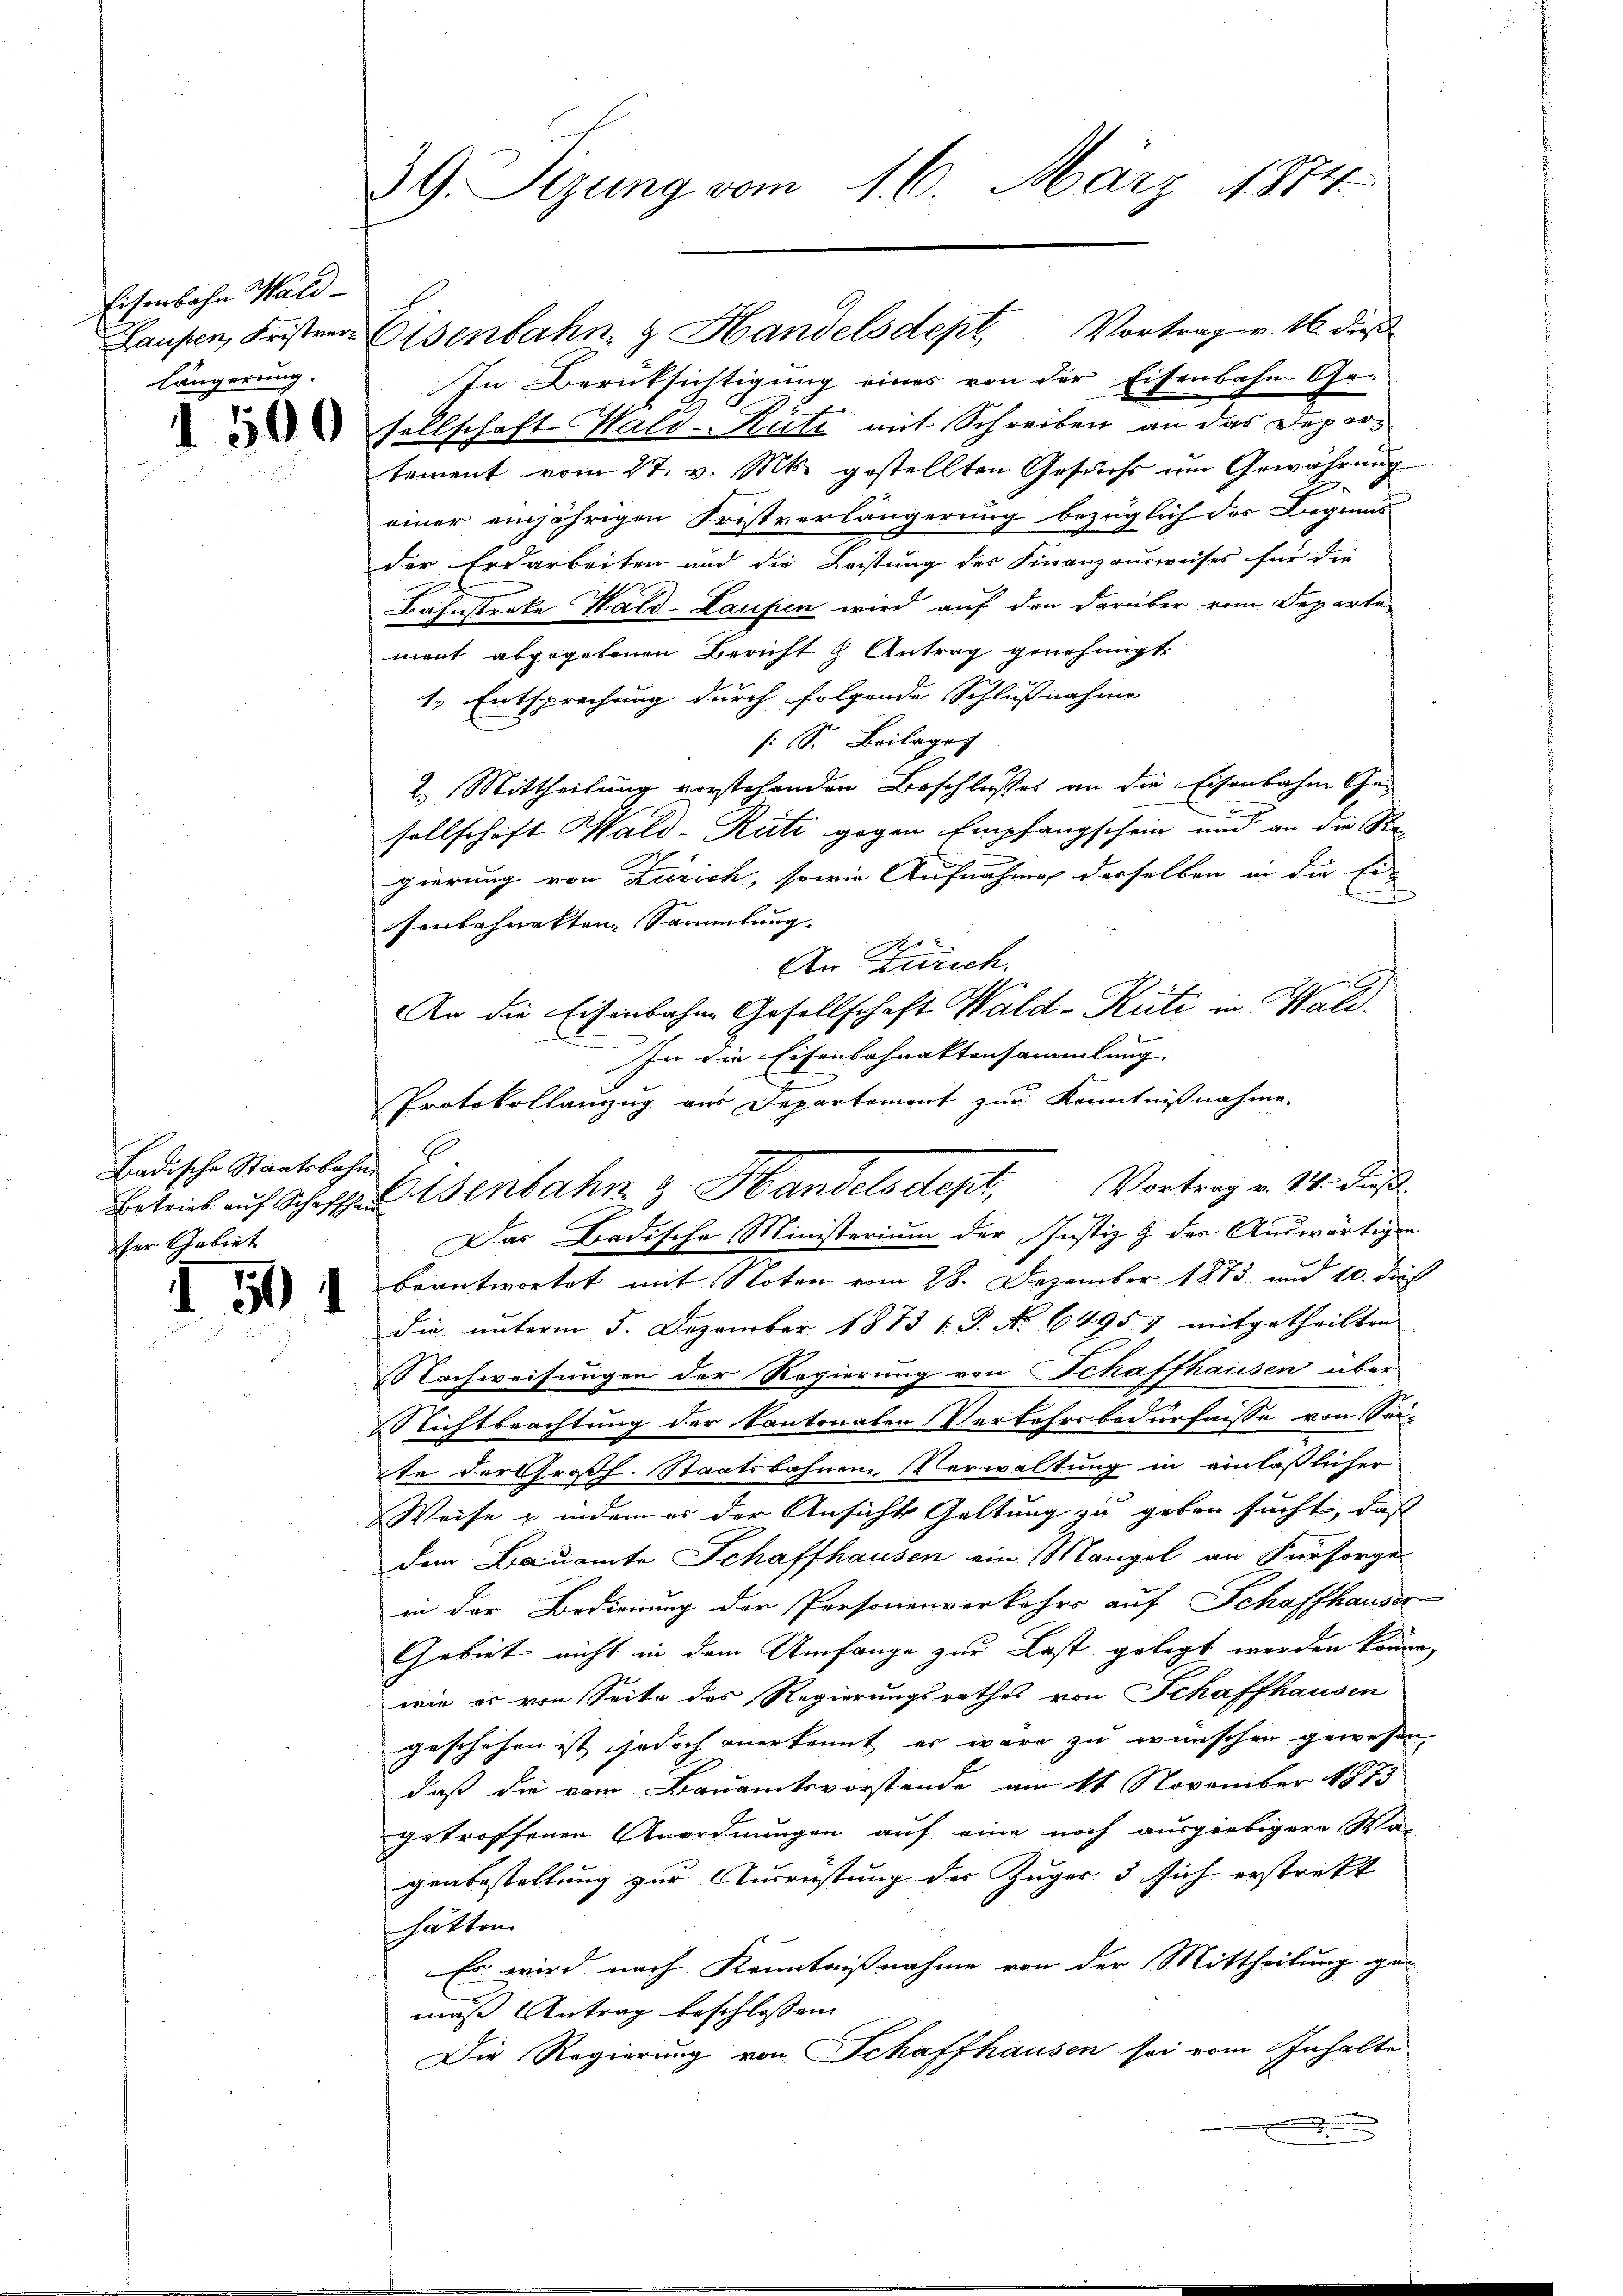
Eisenbahn Waldlängerung.

1500

Badische Staatsbahne
ser Gebiet

I 504

39. Sizung vom 16. März 1874.

tement vom 27. v. Mts. gestellten Gesuchs um Gewährŭng
einer einjährigen Fristverlängerung bezüglich des Liegens
der Erdarbeiten und die Leistung des Finanzausweises für die
Bahnstreke Wald-Laufen wird auf den darüber vom Departe
ment abgegebenen Bericht & Antrag genehmigt.
1.) Entsprechung durch folgende Schlußnahme
: S. Beilage
2. Mittheilung vorstehenden Beschlusses an die Eisenbahne Gen
sellschaft Wald-Rüti gegen Empfangschein und an die Ste
gierung von Zürich, sowie Aufnahme derselben in die Ei-
senbahnakten Sammlung.
An Zürich.
An die Eisenbahne Gesellschaft Wald–Rüti in Wald.
In die Eisenbahnaktensammlung. |
e
Protokollanzug aus Departement zur Kenntnißnahme
Vortrag v. 14. dieß.
Das Badische Ministerium der Justiz & des Auswärtiger
beantwortet mit Noten vom 28. Dezember 1873 und 10. dieß
die unterm 5. Dezember 1873. 1. P. No 64957 mitgetheilten
Nachweisungen der Regierung von Schaffhausen über
Richtbeachtung der Kantonalen Verkehrsbedürfnisse von Sei-
te der Großh. Staatsbahnen, Verwaltung in einläßlicher
Weise & indem es der Ansicht Geltung zu geben sucht, daß
dem Baŭamte Schaffhausen ein Mangel an Fürsorge
in der Bedienung der Personenverkehrs auf Schaffhauser
Gebiet nicht in dem Umfange zur Last gelegt werden könne,
wie er von Seite des Regierungsrathes von Schaffhausen
geschehen ist jedoch anerkennt er wäre zu wünschen gewesen,
daß die vom Bauamtsvorstande am 11. November 1873
getroffenen Anordnungen auf eine noch ausgiebigere Ma-
genbestellung zur Ausrüstung des Zuges 5 sich erstrikt
hätten.
Es wird nach Kenntnißnahme von der Mittheilung gemuß Antrag beschlossen:
Die Regierung von Schaffhausen sei vom Inhalte
.

Hausen, Fristerer Eisenbahn & Handelsdept Vortrag v. 16. dies
In Berüksichtigung eines von der Eisenbahn-Ge-
sellschaft Wald-Rüti mit Schreiben an das Depor¬

Betrieb auf Scheffenbahn z. Handelsdept,

e